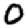
Digit: 0